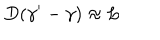
LaTeX: D ( \gamma ^ { \prime } - \gamma ) \approx L